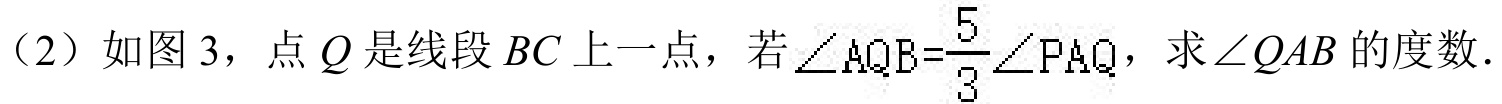
(2) 如图 3，点 \(Q\) 是线段 \(BC\) 上一点，若 \(\angle AQB=\frac{5}{3}\angle PAQ\)，求 \(\angle QAB\) 的度数.